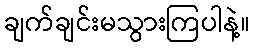
ချက်ချင်းမသွားကြပါနဲ့။